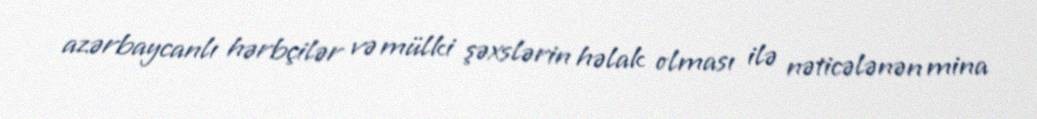
azərbaycanlı hərbçilər və mülki şəxslərin həlak olması ilə nəticələnən mina